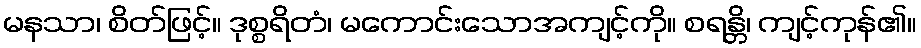
မနသာ၊ စိတ်ဖြင့်။ ဒုစ္စရိတံ၊ မကောင်းသောအကျင့်ကို။ စရန္တိ၊ ကျင့်ကုန်၏။